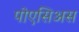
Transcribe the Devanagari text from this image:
पोएसिअस